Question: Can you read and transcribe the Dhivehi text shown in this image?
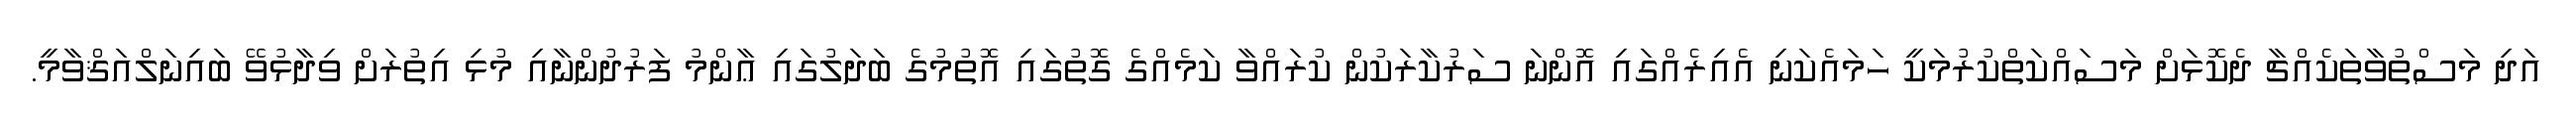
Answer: އަދި މަސްތުވާތަކެއްޗާ ދެކޮޅަށް މަސައްކަތްކުރުމަކީ ހަމައެކަނި އެއިރެއްގައި އޮންނަ ސަރުކާރަކުން ކުރައްވާ ކަމެއްގެ ގޮތުގައި އޮތުމުގެ ބަދަލުގައި ޢާންމު ފަރުދުންނާއި މުޅި އިތުރަށް ވިދާޅުވޭ ބައިނަލްއަޤްވާމީ.